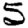
Digit: 5